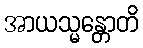
အာယသ္မန္တောတိ